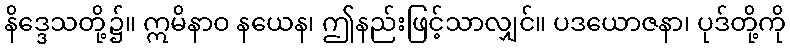
နိဒ္ဒေသတို့၌။ ဣမိနာဝ နယေန၊ ဤနည်းဖြင့်သာလျှင်။ ပဒယောဇနာ၊ ပုဒ်တို့ကို